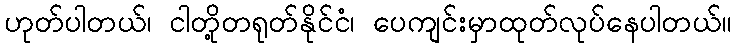
ဟုတ်ပါတယ်၊ ငါတို့တရုတ်နိုင်ငံ၊ ပေကျင်းမှာထုတ်လုပ်နေပါတယ်။